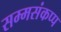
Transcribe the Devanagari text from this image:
सम्मसंकप्प